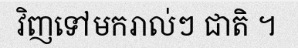
វិញទៅមករាល់ៗ ជាតិ ។